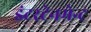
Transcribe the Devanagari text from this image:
इंटरटेनमेन्ट